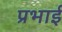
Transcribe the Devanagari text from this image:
प्रभाई